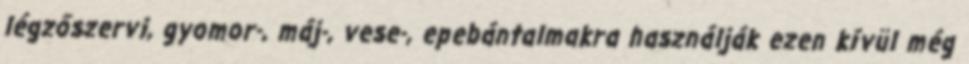
légzőszervi, gyomor-, máj-, vese-, epebántalmakra használják ezen kívül még